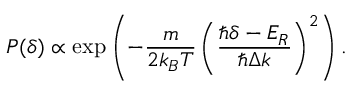
P ( \delta ) \propto \exp \left( - \frac { m } { 2 k _ { B } T } \left( \frac { \hbar \delta - E _ { R } } { \hbar \Delta k } \right) ^ { 2 } \right) .